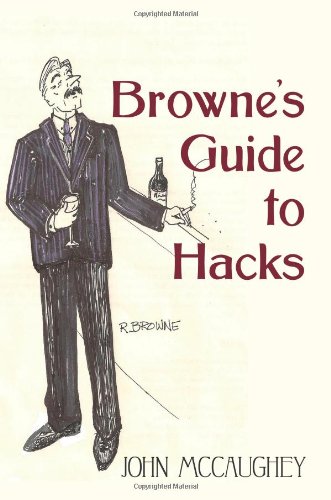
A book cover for Browne's Guide to Hacks; John McCaughey; Humor & Entertainment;